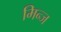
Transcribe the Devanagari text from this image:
मिन्ज